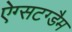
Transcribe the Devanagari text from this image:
ऐग्सटग्डैम